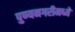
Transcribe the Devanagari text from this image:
पुण्यनगरीमध्ये